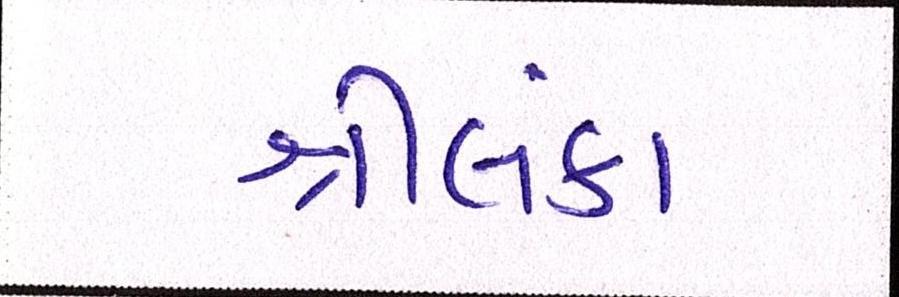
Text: શ્રીલંકા